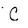
Character: C